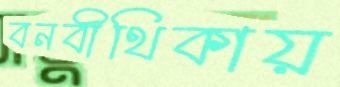
বনবীথিকায়